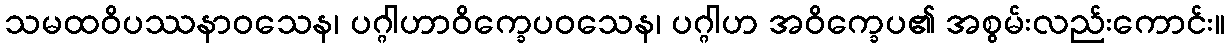
သမထဝိပဿနာဝသေန၊ ပဂ္ဂါဟာဝိက္ခေပဝသေန၊ ပဂ္ဂါဟ အဝိက္ခေပ၏ အစွမ်းလည်းကောင်း။